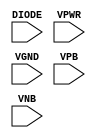
/**
 * Copyright 2020 The SkyWater PDK Authors
 *
 * Licensed under the Apache License, Version 2.0 (the "License");
 * you may not use this file except in compliance with the License.
 * You may obtain a copy of the License at
 *
 *     https://www.apache.org/licenses/LICENSE-2.0
 *
 * Unless required by applicable law or agreed to in writing, software
 * distributed under the License is distributed on an "AS IS" BASIS,
 * WITHOUT WARRANTIES OR CONDITIONS OF ANY KIND, either express or implied.
 * See the License for the specific language governing permissions and
 * limitations under the License.
 *
 * SPDX-License-Identifier: Apache-2.0
 */

`ifndef SKY130_FD_SC_HS__DIODE_PP_BLACKBOX_V
`define SKY130_FD_SC_HS__DIODE_PP_BLACKBOX_V

/**
 * diode: Antenna tie-down diode.
 *
 * Verilog stub definition (black box with power pins).
 *
 * WARNING: This file is autogenerated, do not modify directly!
 */

`timescale 1ns / 1ps
`default_nettype none

(* blackbox *)
module sky130_fd_sc_hs__diode (
    DIODE,
    VPWR ,
    VGND ,
    VPB  ,
    VNB
);

    input DIODE;
    input VPWR ;
    input VGND ;
    input VPB  ;
    input VNB  ;
endmodule

`default_nettype wire
`endif  // SKY130_FD_SC_HS__DIODE_PP_BLACKBOX_V